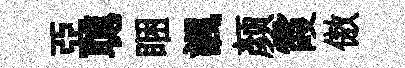
亞聰睏諷颜霞傲